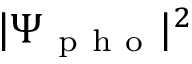
| \Psi _ { \mathrm { ~ p ~ h ~ o ~ } } | ^ { 2 }